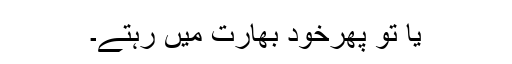
یا تو پھرخود بھارت میں رہتے۔